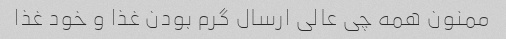
ممنون همه چی عالی ارسال گرم بودن غذا و خود غذا